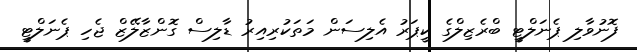
ފޮނުވާލި ޕެނަލްޓީ ބްރެޒިލްގެ ކީޕަރު އެލިސަން މަތަކުރިއިރު ޑާލިސް ގޮންޒާލޭޒް ޖެހި ޕެނަލްޓީ